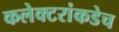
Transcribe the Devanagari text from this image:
कलेक्टरांकडेच